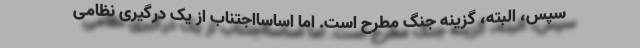
سپس، البته، گزینه جنگ مطرح است. اما اساسااجتناب از یک درگیری نظامی